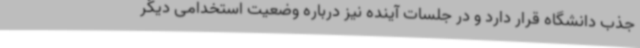
جذب دانشگاه قرار دارد و در جلسات آینده نیز درباره وضعیت استخدامی دیگر